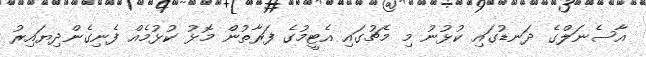
އާސެނަލްގެ ދަނޑުގައި ކުޅުނު މި މެޗުގައި އެޓީމުގެ ފަރާތުން މޮޅު ކުޅުމެއް ފެނިގެންދިޔައިރު